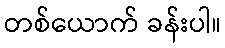
တစ်ယောက် ခန်းပါ။